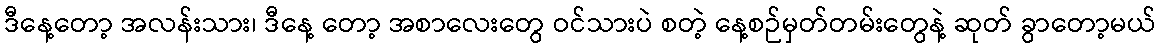
ဒီနေ့တော့ အလန်းသား၊ ဒီနေ့ တော့ အစာလေးတွေ ဝင်သားပဲ စတဲ့ နေ့စဉ်မှတ်တမ်းတွေနဲ့ ဆုတ် ခွာတော့မယ်